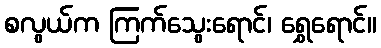
စလွယ်က ကြက်သွေးရောင်၊ ရွှေရောင်။